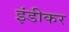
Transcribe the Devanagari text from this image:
इंडीकर